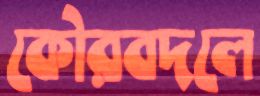
কৌরবদলে